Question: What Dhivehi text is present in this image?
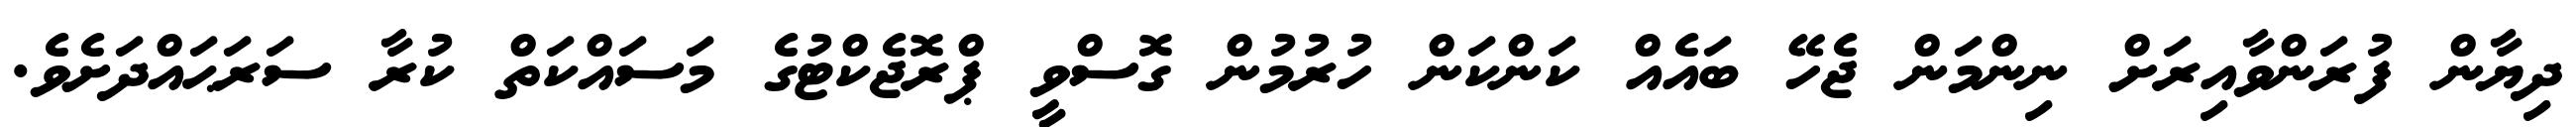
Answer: ދިޔާން ފުރަންވާއިރަށް ނިންމަން ޖެހޭ ބައެއް ކަންކަން ހުރުމުން ގޮސްވީ ޕްރޮޖެކްޓުގެ މަސައްކަތް ކުރާ ސަރަޙައްދަށެވެ.